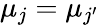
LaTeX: \mu_{j}=\mu_{j{'}}